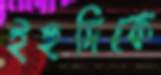
ইহুদিকে